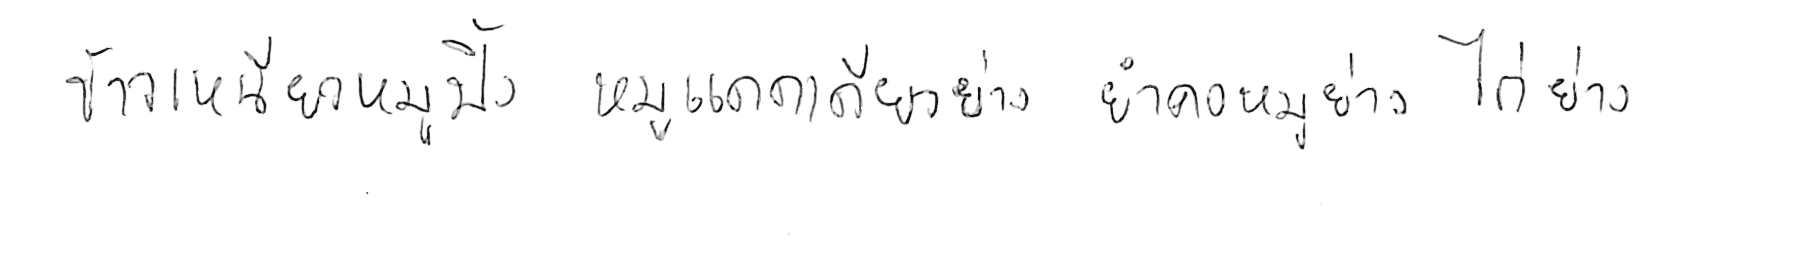
ข้าวเหนียวหมูปิ้ง หมูแดดเดียวย่าง ยำคอหมูย่าง ไก่ย่าง